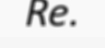
Re.